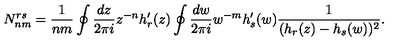
N _ { n m } ^ { r s } = \frac { 1 } { n m } \oint \frac { d z } { 2 \pi i } z ^ { - n } h _ { r } ^ { \prime } ( z ) \oint \frac { d w } { 2 \pi i } w ^ { - m } h _ { s } ^ { \prime } ( w ) \frac { 1 } { ( h _ { r } ( z ) - h _ { s } ( w ) ) ^ { 2 } } .